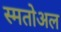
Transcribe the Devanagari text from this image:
स्मतोअल